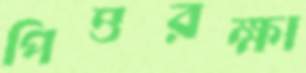
পিত্তরক্ষা